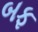
બફ